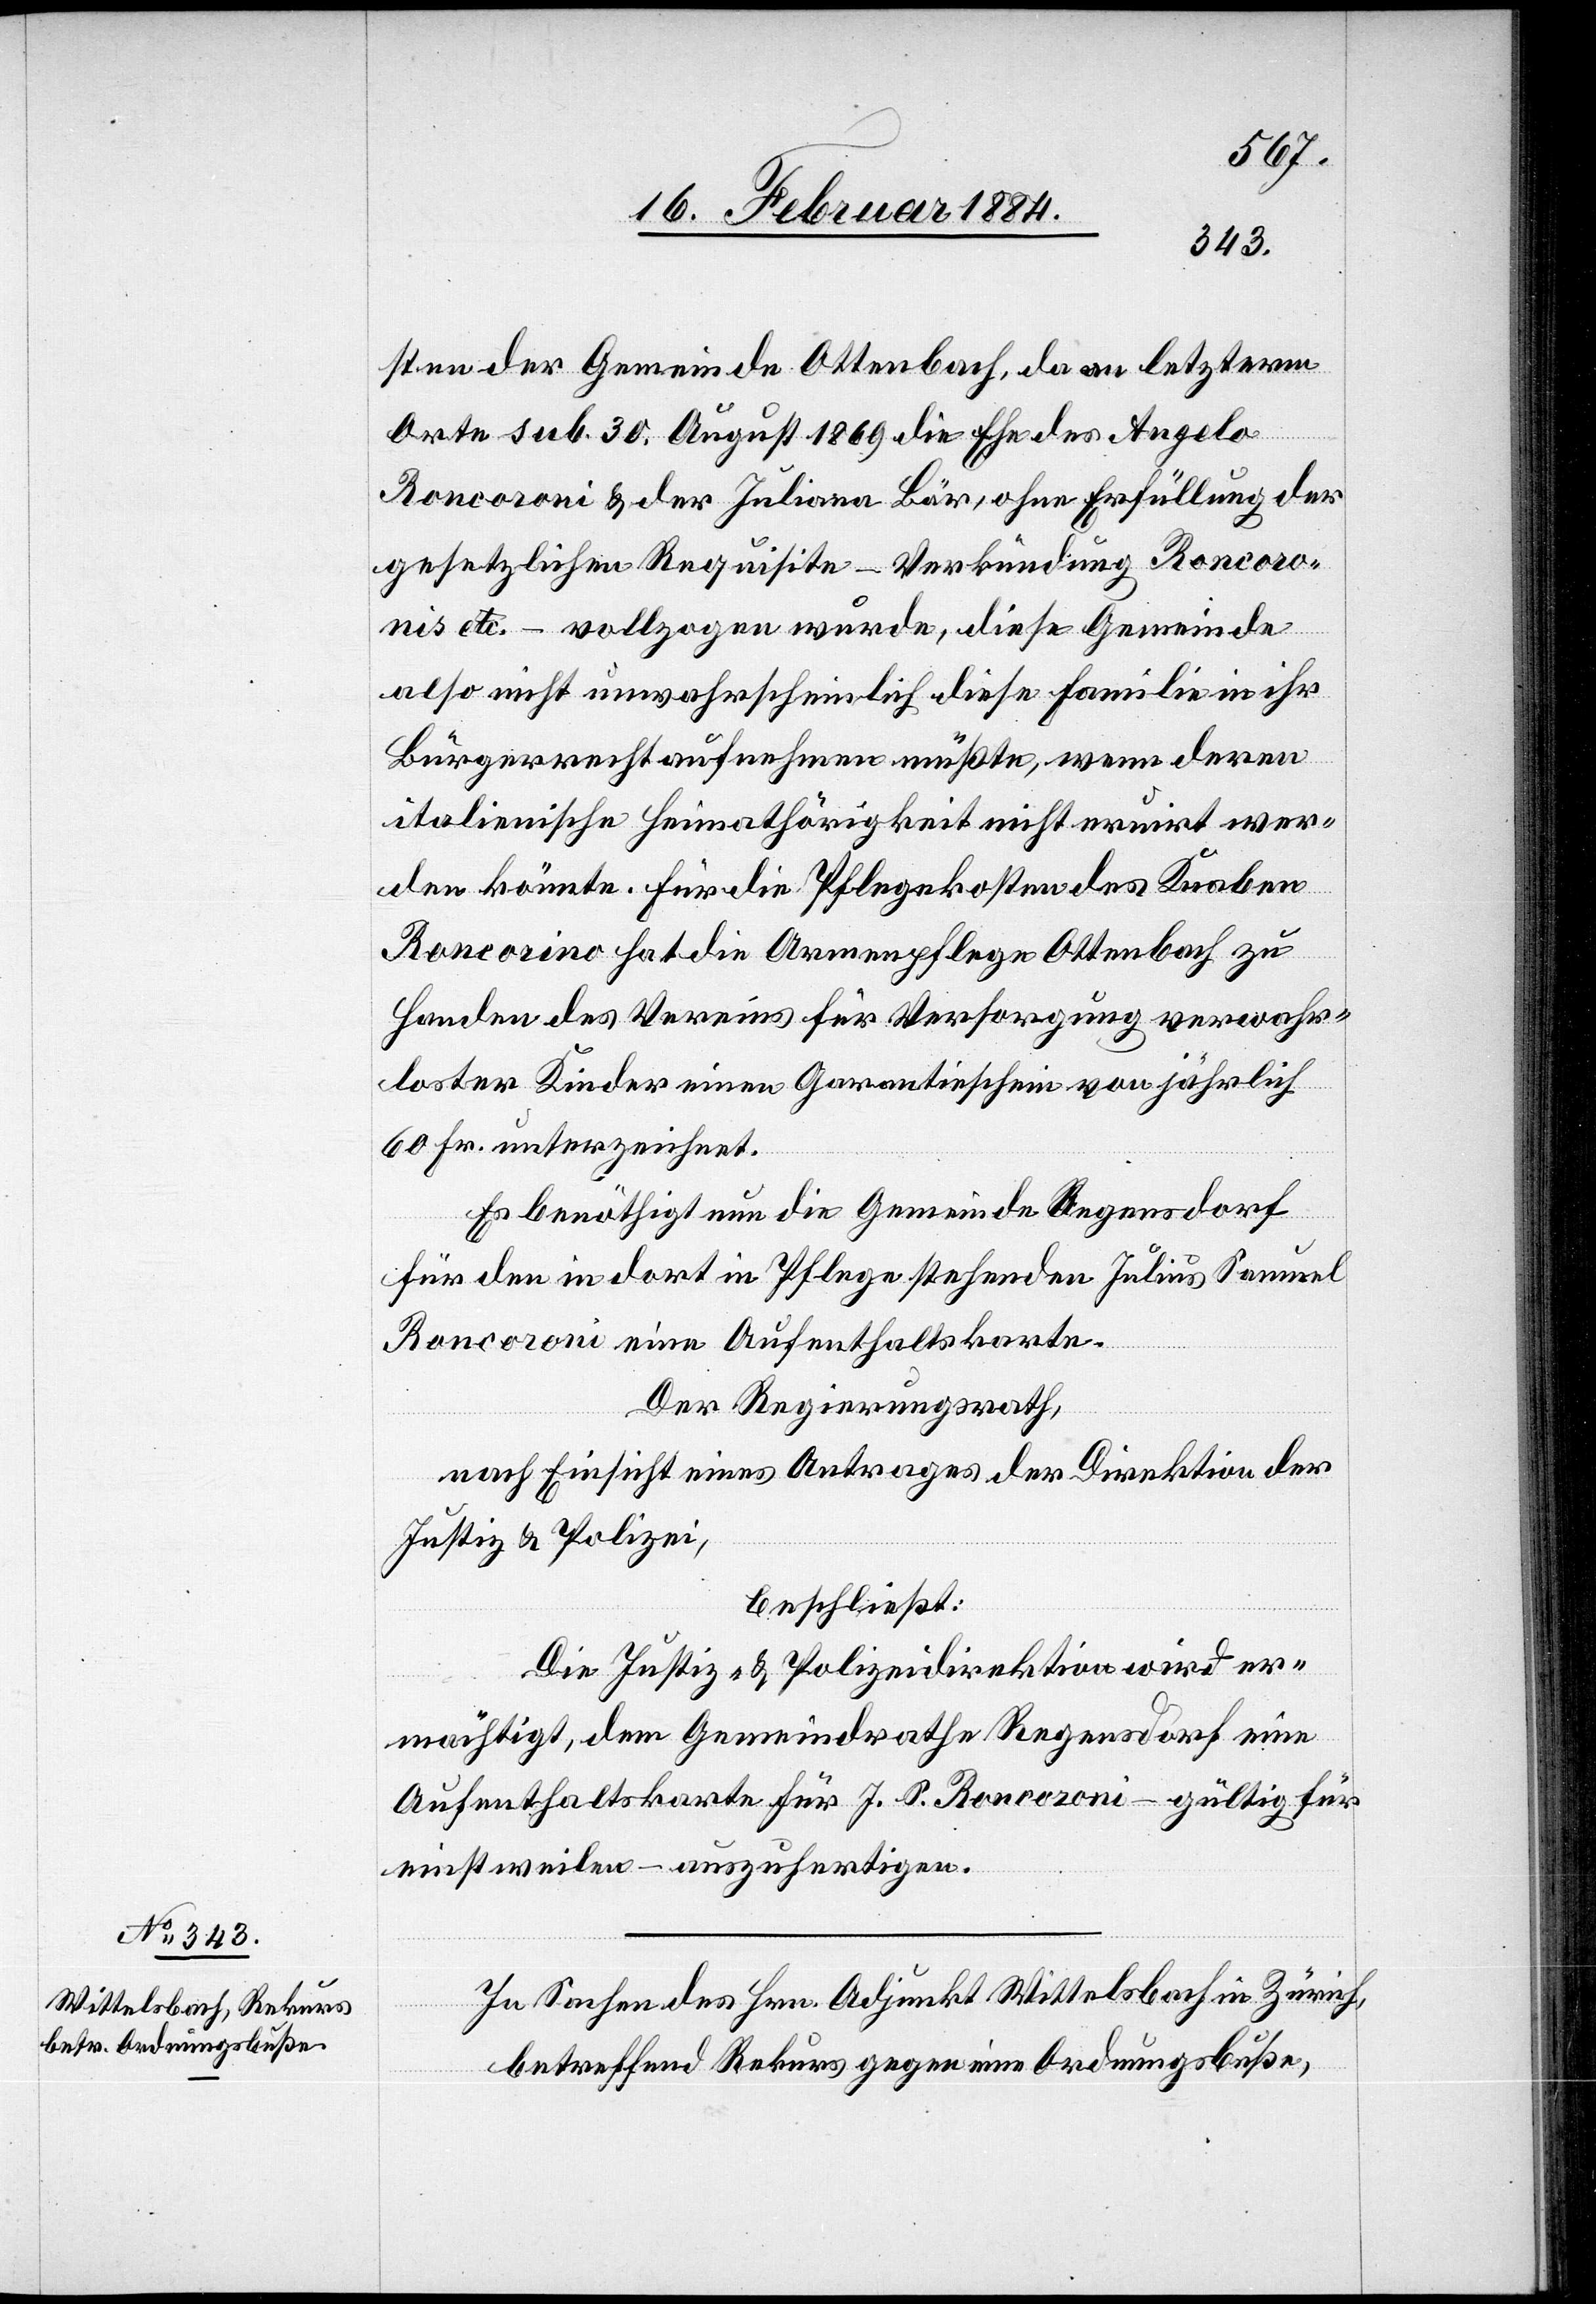
sten der Gemeinde Ottenbach, da an letzterem
Orte sub. 30. August 1869 die Ehe des Angelo
Roncoroni & der Juliana Bär, ohne Erfüllung der
gesetzlichen Requisite – Verkündung Roncoro¬
nis etc. – vollzogen wurde, diese Gemeinde
also nicht unwahrscheinlich diese Familie in ihr
Bürgerrecht aufnehmen müßte, wenn deren
italienische Heimathörigkeit nicht eruirt wer¬
den könnte. Für die Pflegekosten des Knaben
[sic!] hat die Armenpflege Ottenbach zu
Handen des Vereins für Versorgung verwahr¬
loster Kinder einen Garantieschein von jährlich
60 Fr. unterzeichnet.
Es benöthigt nun die Gemeinde Regensdorf
für den in dort in Pflege stehenden Julius Samuel
Roncoroni eine Aufenthaltskarte.
Der Regierungsrath,
nach Einsicht eines Antrages der Direktion der
Justiz & Polizei,
beschließt:
Die Justiz- & Polizeidirektion wird er¬
orino
mächtigt, dem Gemeindrathe Regensdorf eine
Aufenthaltskarte für J. S. Roncoroni – gültig für
einstweilen – anzufertigen.
In Sachen des Hrn. Adjunkt Wittelsbach in Zürich,
betreffend Rekurs gegen eine Ordnungsbuße,